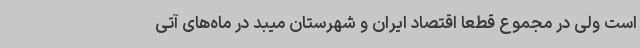
است ولی در مجموع قطعاً اقتصاد ایران و شهرستان میبد در ماه‌های آتی